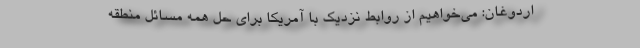
اردوغان: می‌خواهیم از روابط نزدیک با آمریکا برای حل همه مسائل منطقه‌